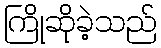
ကြိုဆိုခဲ့သည်